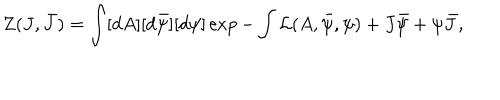
Z ( J , \bar { J } ) = \int [ d A ] [ d \bar { \psi } ] [ d \psi ] \exp - \int { \cal L } ( A , \bar { \psi } , \psi ) + J \bar { \psi } + \psi \bar { J } ,